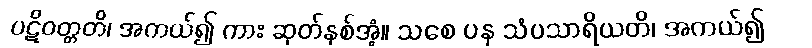
ပဋိဝတ္တတိ၊ အကယ်၍ ကား ဆုတ်နစ်အံ့။ သစေ ပန သံပသာရိယတိ၊ အကယ်၍